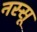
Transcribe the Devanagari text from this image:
नस्सू